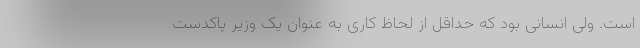
است. ولی انسانی بود که حداقل از لحاظ کاری به عنوان یک وزیر پاکدست